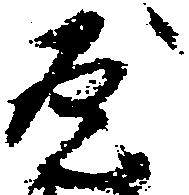
屋